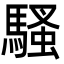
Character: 騷